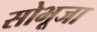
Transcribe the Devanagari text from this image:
सोभूजा